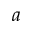
a